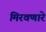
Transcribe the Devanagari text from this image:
मिरवणारे